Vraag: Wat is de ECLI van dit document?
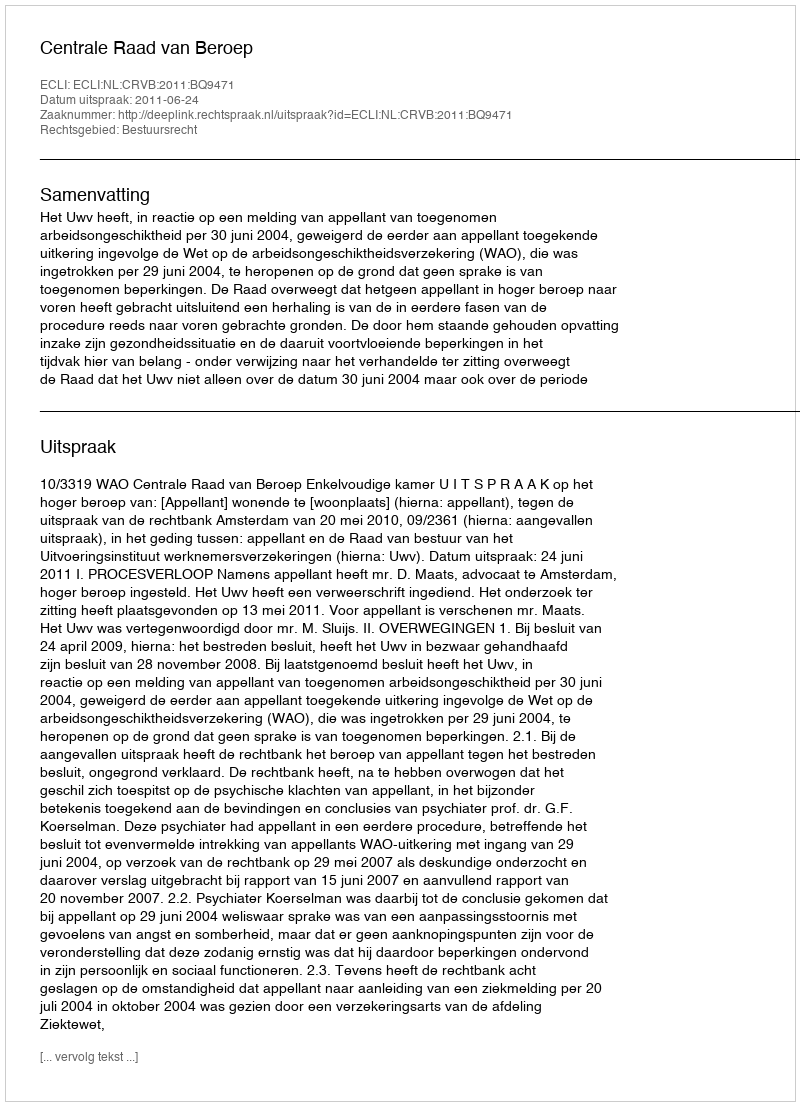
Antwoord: ECLI:NL:CRVB:2011:BQ9471